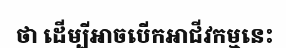
ថា ដើម្បីអាចបើកអាជីវកម្មនេះ